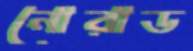
নোরাড